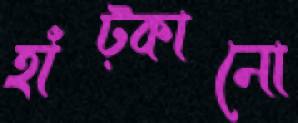
হাঁট্‌কানো